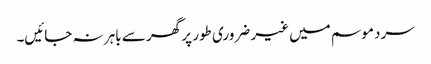
سرد موسم میں غیر ضروری طور پر گھر سے باہر نہ جائیں۔